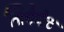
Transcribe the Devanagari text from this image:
ग्रिपेनेट